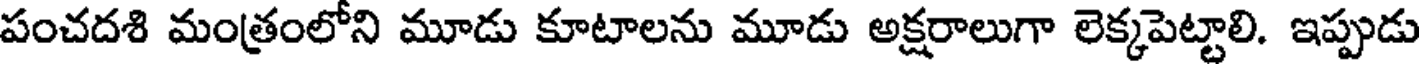
పంచదశి మంత్రంలోని మూడు కూటాలను మూడు అక్షరాలుగా లెక్కపెట్టాలి. ఇప్పుడు